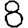
Digit: 8